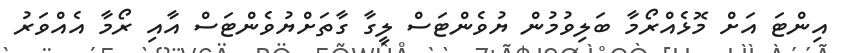
އިންޓަ އަށް މޮޅެއްރޯމާ ބަލިވުމުން ޔުވެންޓަސް ލީގާ ގާތަށްޔުވެންޓަސް އާއި ރޯމާ އެއްވަރު